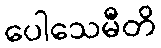
ပေါသေမီတိ